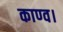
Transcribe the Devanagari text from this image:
काण्‍व।